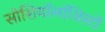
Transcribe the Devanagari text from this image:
सोशियॉलॉजिस्टों